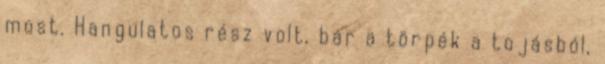
most. Hangulatos rész volt, bár a törpék a tojásból,